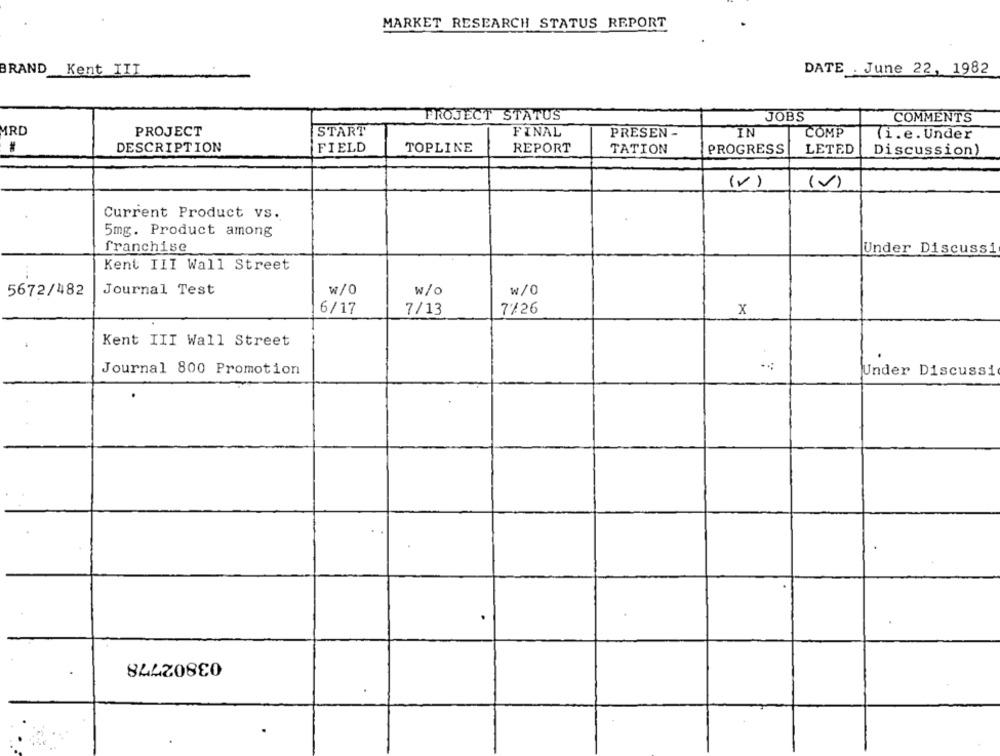
MARKET RESEARCH STATUS REPORT
BRAND Kent IIT
DATE . June 22, 1982
PROJECT STATUS
JOBS
COMMENTS
MRD
PROJECT
START
FINAL
PRESEN -
IN
COMP
(i.e. Under
*
DESCRIPTION
FIELD
TOPLINE
REPORT
TATION
PROGRESS
LETED
Discussion)
(V)
(v)
Current Product vs.
5mg. Product among
franchise
Under Discussi
Kent III Wall Street
5672/482
Journal Test
w/0
w/o
w/0
6/17
7/13
7/26
x
Kent III Wall Street
Journal 800 Promotion
Under Discussi
03802778